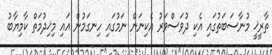
ތާރީޚީ މުނާސަބަތުގައި އެކި ދުވަސްވަރު އެކިނަން ނަމުގައި ހިނގަމުން އައި މިޚިދުމަތް ކާމިޔާބު